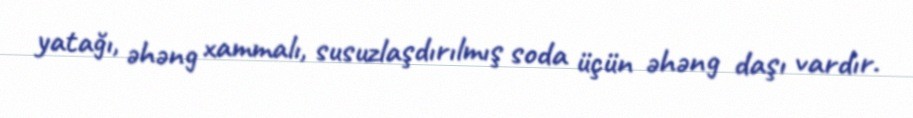
yatağı, əhəng xammalı, susuzlaşdırılmış soda üçün əhəng daşı vardır.